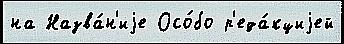
на Назва́н'иjе Осо́бо р'еда́кциjей